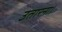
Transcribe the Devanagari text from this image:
उतारना।